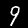
Digit: 9